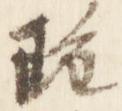
雖